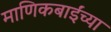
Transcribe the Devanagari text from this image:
माणिकबाईंच्या